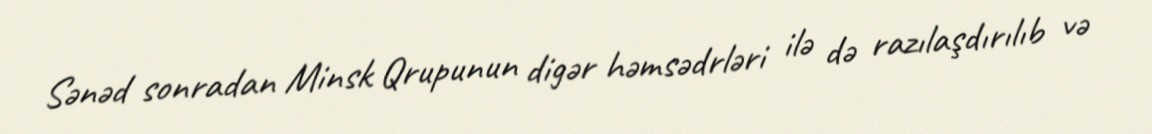
Sənəd sonradan Minsk Qrupunun digər həmsədrləri ilə də razılaşdırılıb və